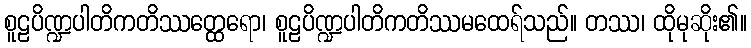
စူဠပိဏ္ဍပါတိကတိဿတ္ထေရော၊ စူဠပိဏ္ဍပါတိကတိဿမထေရ်သည်။ တဿ၊ ထိုမုဆိုး၏။